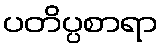
ပတိပ္ပစာရာ